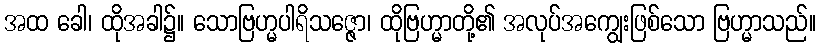
အထ ခေါ၊ ထိုအခါ၌။ သောဗြဟ္မပါရိသဇ္ဇော၊ ထိုဗြဟ္မာတို့၏ အလုပ်အကျွေးဖြစ်သော ဗြဟ္မာသည်။